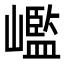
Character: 𡽳